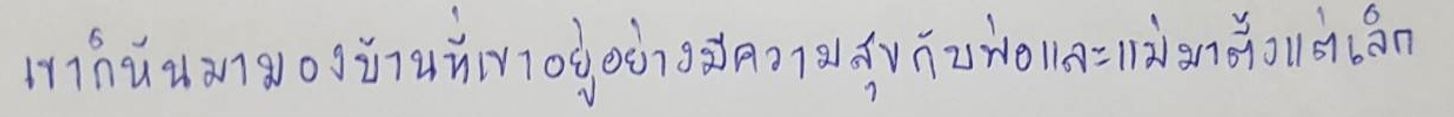
เขาก็หันมามองบ้านที่เขาอยู่อย่างมีความสุขกับพ่อและแม่มาตั้งแต่เล็ก